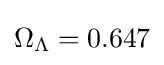
\Omega _{\Lambda }=0.647